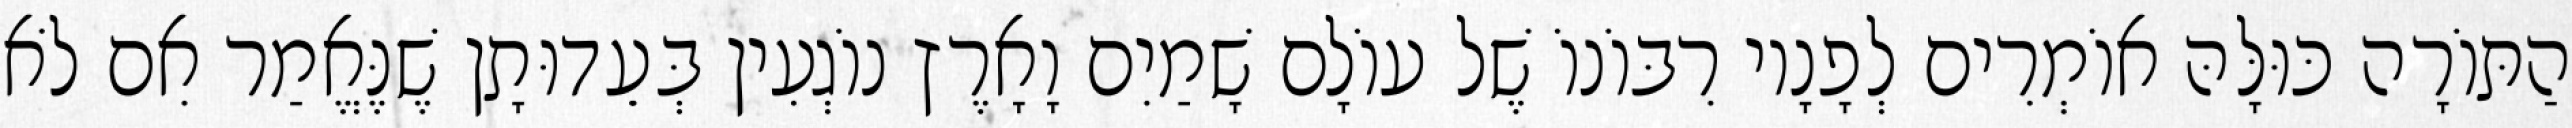
הַתּוֹרָה כּוּלָּהּ אוֹמְרִים לְפָנָיו רִבּוֹנוֹ שֶׁל עוֹלָם שָׁמַיִם וָאָרֶץ נוֹגְעִין בְּעֵדוּתָן שֶׁנֶּאֱמַר אִם לֹא